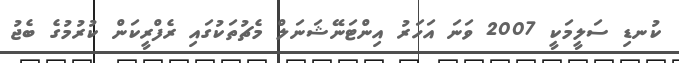
ކުނޑި ސަލީމަކީ 2007 ވަނަ އަހަރު އިންޓަނޭޝަނަލް މެޗުތަކުގައި ރެފްރީކަން ކުރުމުގެ ބެޖު